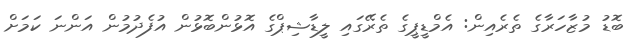
ބޮޑު މުޒާހަރާގެ ތެރެއިން: އެމްޑީޕީގެ ތެރޭގައި ލީޑާޝިޕްގެ އޮޅުންބޮޅުން އުފެދުމުން އަންނަ ކަމަށް